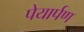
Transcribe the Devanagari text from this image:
पेयार्पण